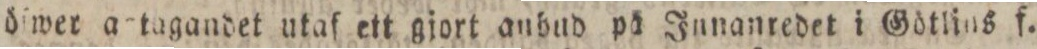
diwer a tagandet utaf ett giort anbnd på Junanredet i Götlins f.